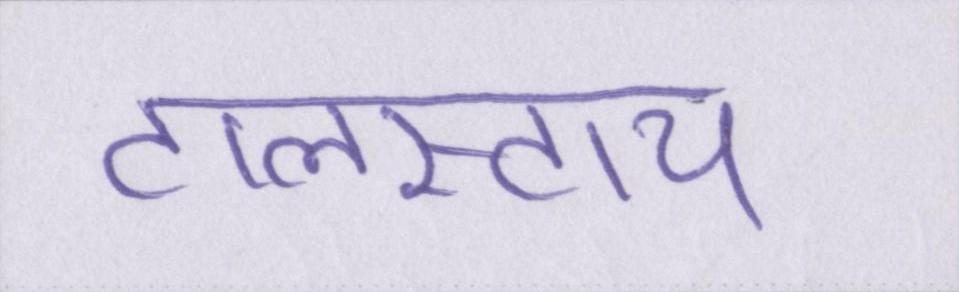
टालस्टाय